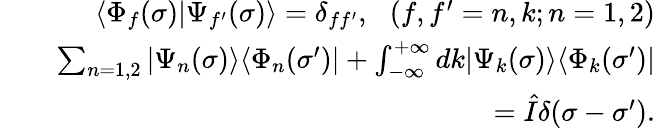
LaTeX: \begin{array}{rlr}&{}&{\langle\Phi_{f}(\sigma)|\Psi_{f^{\prime}}(\sigma)\rangle=\delta_{ff^{\prime}},\, \, \, \, (f,f^{\prime}=n,k;n=1,2)}\\ &{}&{\sum_{n=1,2}|\Psi_{n}(\sigma)\rangle\langle\Phi_{n}(\sigma^{\prime})|+\int_{-\infty}^{+\infty}dk|\Psi_{k}(\sigma)\rangle\langle\Phi_{k}(\sigma^{\prime})|}\\ &{}&{=\hat{I}\delta(\sigma-\sigma^{\prime}).}\end{array}